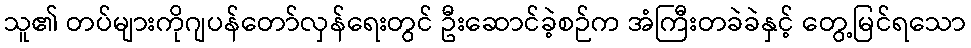
သူ၏ တပ်များကိုဂျပန်တော်လှန်ရေးတွင် ဦးဆောင်ခဲ့စဉ်က အံကြီးတခဲခဲနှင့် တွေ့မြင်ရသော